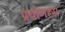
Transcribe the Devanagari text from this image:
प्रयोगरूप